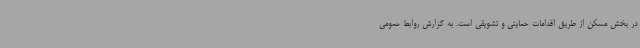
در بخش مسکن از طریق اقدامات حمایتی و تشویقی است. به گزارش روابط عمومی